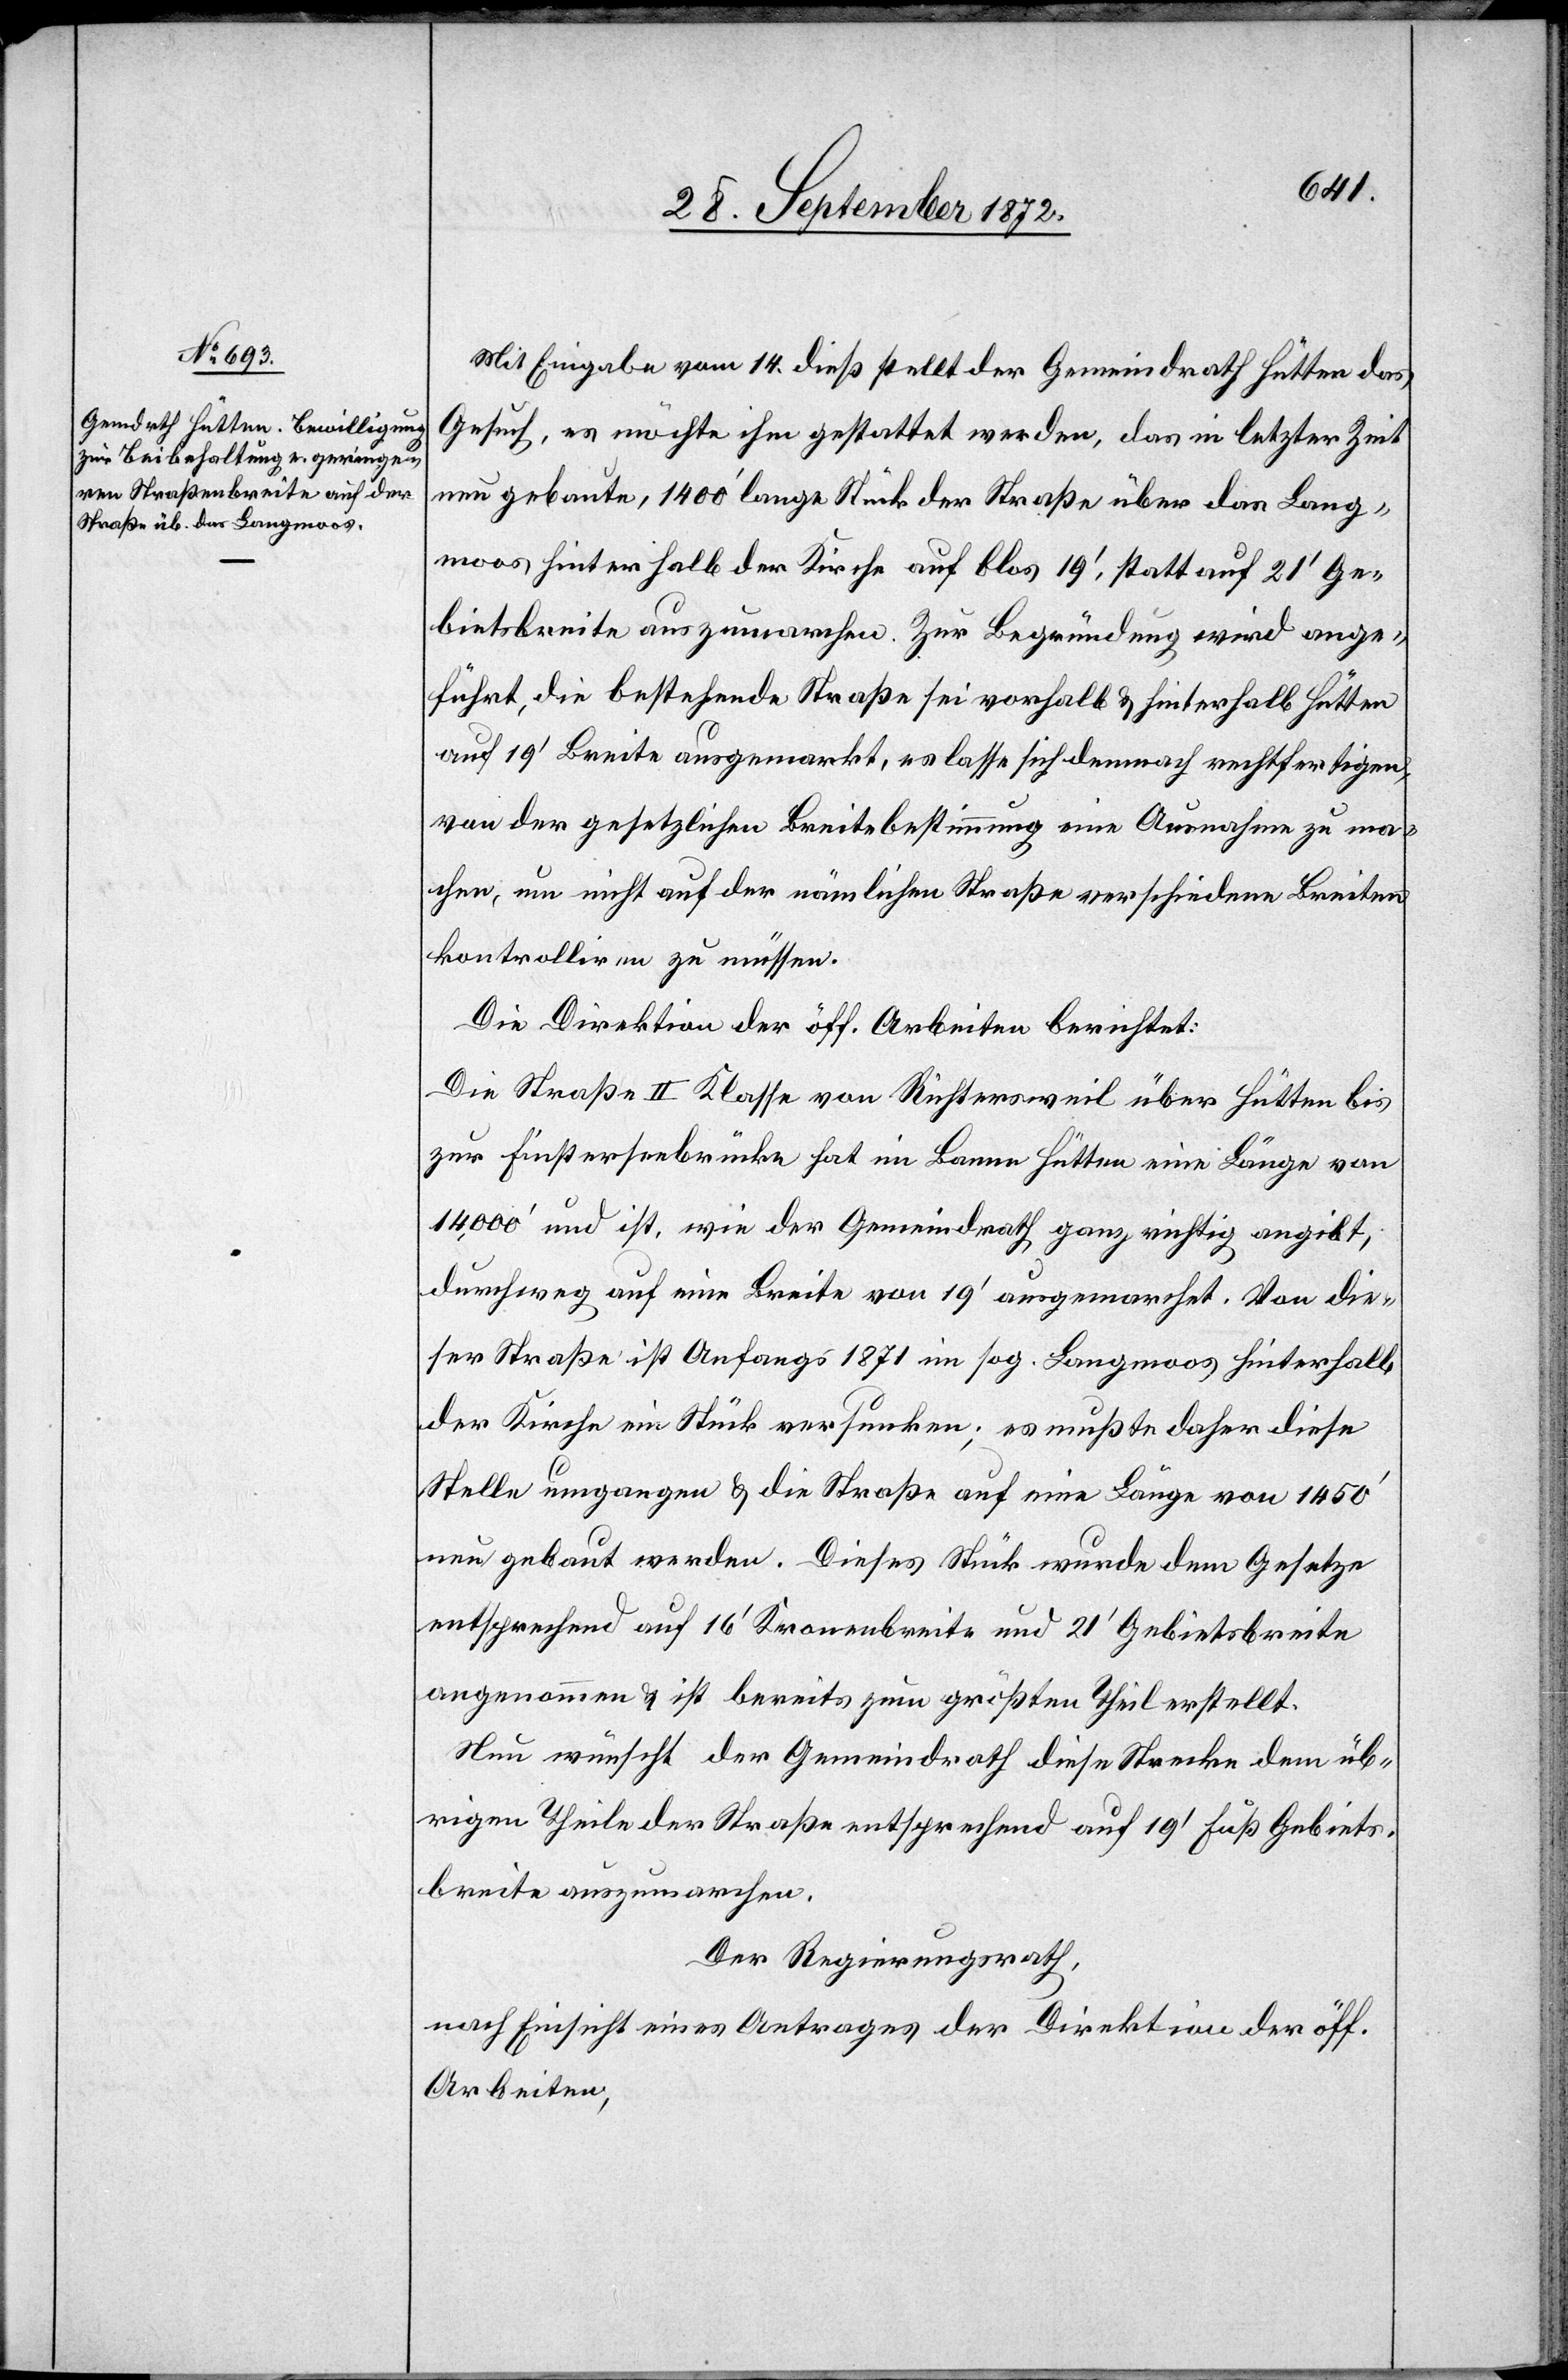
Mit Eingabe vom 14. dieß stellt der Gemeindrath Hütten das
Gesuch, es möchte ihm gestattet werden, das in letzter Zeit
neu gebaute, 1400’ lange Stück der Straße über das Lang¬
moos hinterhalb der Kirche auf blos 19’, statt auf 21’ Ge¬
bietsbreite auszumarchen. Zur Begründung wird ange¬
führt, die bestehende Straße sei vorhalb u. hinterhalb Hütten
auf 1’ Breite ausgemarkt, es lasse sich demnach rechtfertigen,
von der gesetzlichen Breitebestimmung eine Ausnahme zu ma¬
chen, um nicht auf der nämlichen Straße verschiedene Breiten
kontrolliren zu müssen.
Die Direktion der öff. Arbeiten berichtet:
Die Straße II Klasse von Richtersweil über Hütten bis
zur Finsterseebrücke hat im Banne Hütten eine Länge von
14,000’ und ist, wie der Gemeindrath ganz richtig angibt,
durchweg auf eine Breite von 19’ ausgemarchet. Von die¬
ser Straße ist Anfangs 1871 im sog. Langmoss hinterhalb
der Kirche ein Stück versunken; es mußte daher diese
Stelle umgangen u. die Straße auf eine Länge von 1450’
neu gebaut werden. Dieses Stück wurde dem Gesetze
entsprechend auf 16’ Kronenbreite und 21’ Gebietsbreite
angenommen u. ist bereits zum größten Theil erstellt.
Neu wünscht der Gemeindrath diese Strecke dem üb¬
rigen Theile der Straße entsprechend auf 19’ Fuß Gebiets¬
breite auszumarchen.
Der Regierungsrath,
nach Einsicht eines Antrages der Direktion der öff.
Arbeiten,